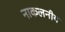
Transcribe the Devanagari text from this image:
नाकलनीय